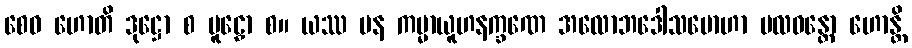
စေဝ ဟောတိ ဒုဋ္ဌော စ မူဠှော စ။ ယဿ ပန ကမ္မာယူဟနက္ခဏေ အလောဘဒေါသမောဟာ ဗလဝန္တော ဟောန္တိ